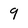
Character: 9